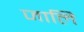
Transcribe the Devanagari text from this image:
जालि